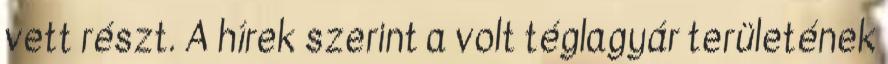
vett részt. A hírek szerint a volt téglagyár területének